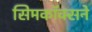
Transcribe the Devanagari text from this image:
सिमकॉक्सने